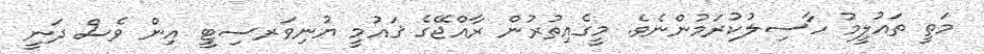
މަތީ ތައުލީމު ހާސިލުކުރަމުންނެވެ. މީގެއިތުރުން ރާއްޖޭގެ ޤައުމީ ޔުނިވަރސިޓީ އިން ވެސް ދަނީ